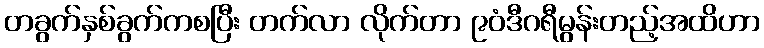
တခွက်နှစ်ခွက်ကစပြီး တက်လာ လိုက်တာ ၉၀ံဒီဂရီမွန်းတည့်အထိဟာ